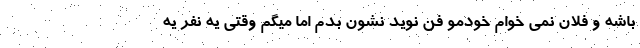
باشه و فلان نمی خوام خودمو فن نوید نشون بدم اما میگم وقتی یه نفر یه